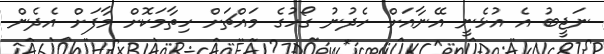
ނަޖީބު އެ އުޅެނީ އޭނާއަށް ހެދުނު ގޯހުގެ މައްޗަށް ހިތާމަކޮށް މާފަށް އެދެން